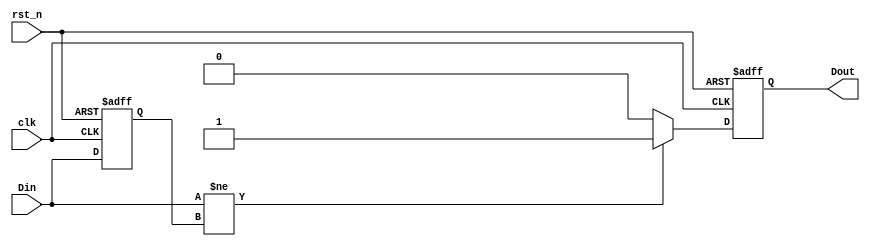
module differential_edge_detector (
    input wire clk,       // Clock signal
    input wire rst_n,     // Active low reset
    input wire Din,       // Input signal to be monitored
    output reg Dout       // Output signal indicating edge detection
);

// Internal signal to hold the previous state of Din
reg prev_state;

always @(posedge clk or negedge rst_n) begin
    if (!rst_n) begin
        // Reset condition
        prev_state <= 1'b0; // Initialize previous state to low
        Dout <= 1'b0;       // Initialize Dout to low
    end else begin
        // Edge detection logic
        if (Din != prev_state) begin
            // Edge detected
            Dout <= 1'b1; // Set Dout high on edge detection
        end else begin
            Dout <= 1'b0; // No edge detected
        end
        
        // Update previous state
        prev_state <= Din; 
    end
end

endmodule